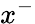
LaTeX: x^{-}